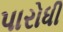
પારોધી